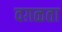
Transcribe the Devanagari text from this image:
वग़ळता